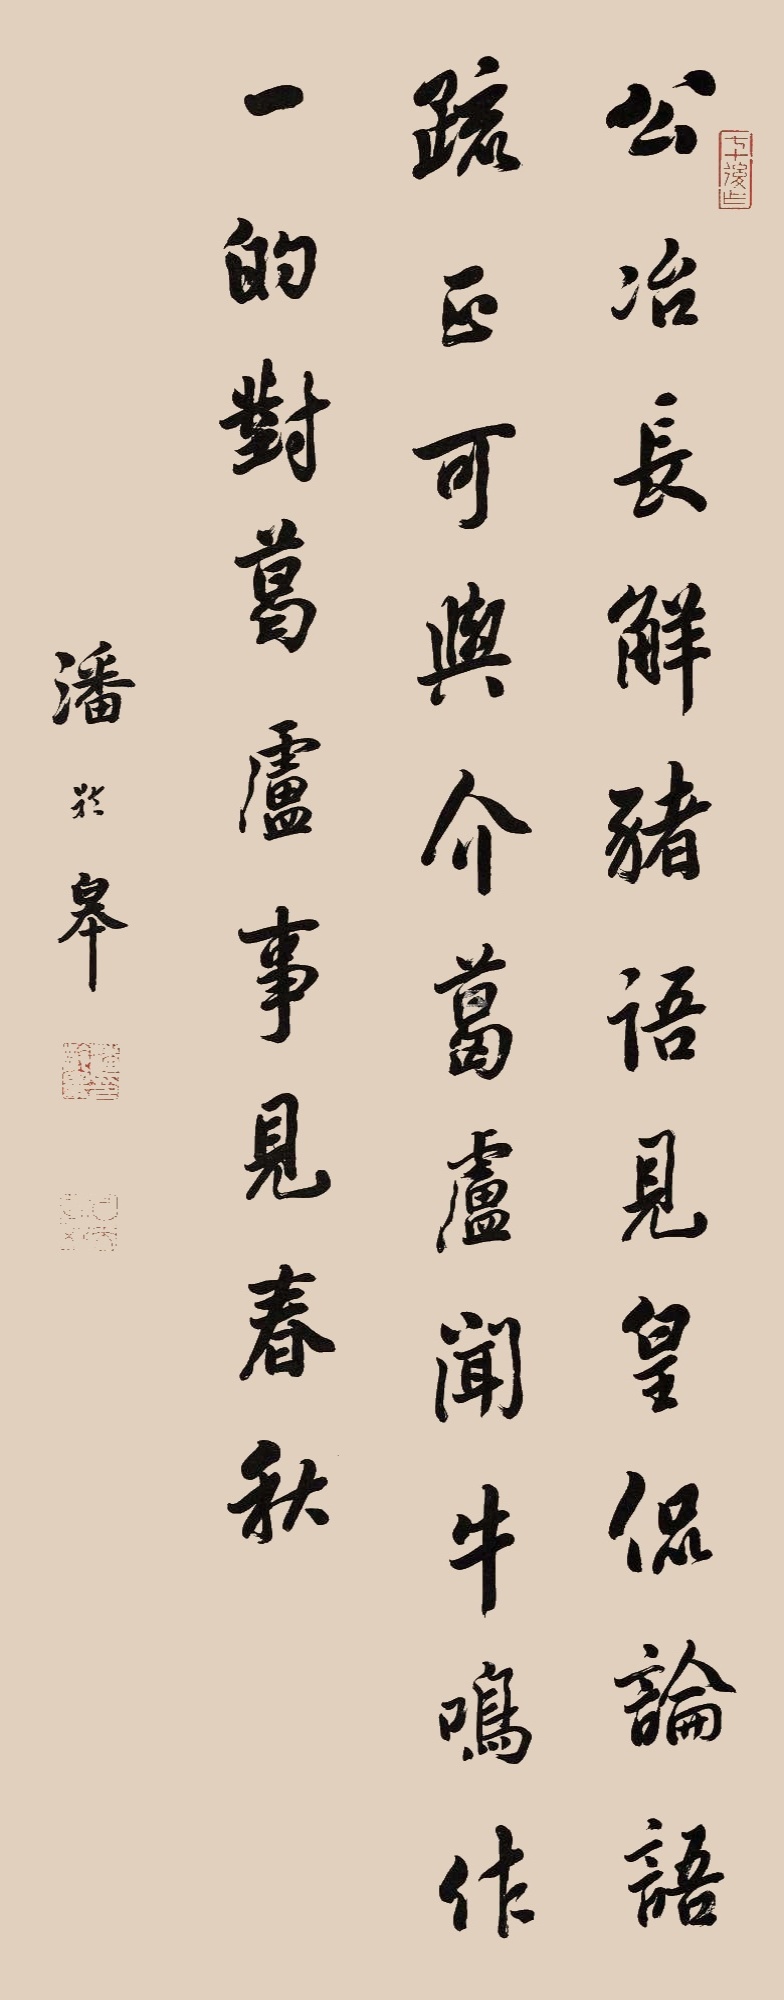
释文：公冶长，解猪语，见皇侃《论语疏》，正可与“介葛卢闻牛鸣”作一的对。葛卢事见春秋。潘龄皋。